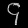
Digit: ၄